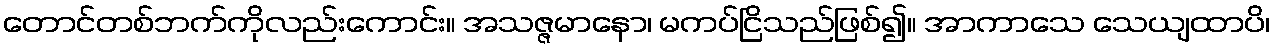
တောင်တစ်ဘက်ကိုလည်းကောင်း။ အသဇ္ဇမာနော၊ မကပ်ငြိသည်ဖြစ်၍။ အာကာသေ သေယျထာပိ၊